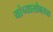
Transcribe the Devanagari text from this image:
यांच्यासोबतचा